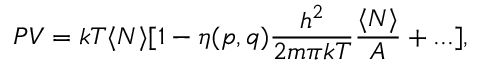
P V = k T \langle N \rangle [ 1 - \eta ( p , q ) { \frac { h ^ { 2 } } { 2 m \pi k T } } { \frac { \langle N \rangle } { A } } + . . . ] ,